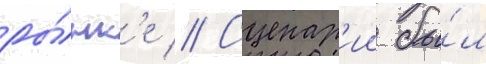
ры́нк'е // Сценар'ии бы́л